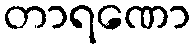
တာရဏော